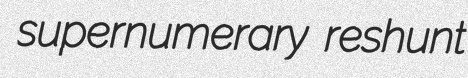
supernumerary reshunt